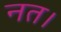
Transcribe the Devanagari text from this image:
नत।